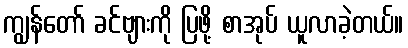
ကျွန်တော် ခင်ဗျားကို ပြဖို့ စာအုပ် ယူလာခဲ့တယ်။